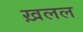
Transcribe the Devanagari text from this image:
ख़लल